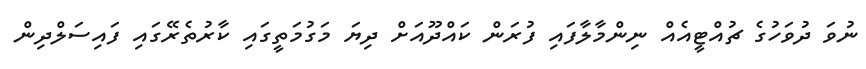
ނުވަ ދުވަހުގެ ޗުއްޓީއެއް ނިންމާލާފައި ފުރަން ކައްދޫއަށް ދިޔަ މަގުމަތީގައި ކާރުތެރޭގައި ފައިސަލްދިން